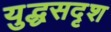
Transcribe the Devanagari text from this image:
युद्धसदृश